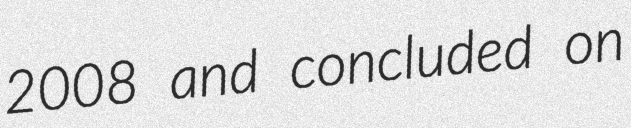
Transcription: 2008 and concluded on